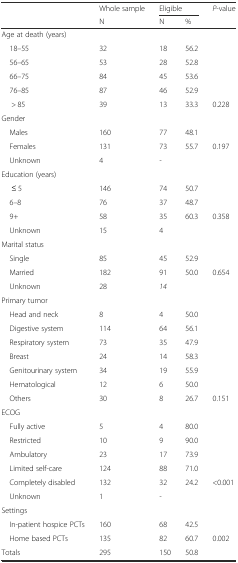
<table><thead><tr><td></td><td><b>Whole sample</b></td><td colspan="2"><b>Eligible</b></td><td><b><i>P</i>-value</b></td></tr><tr><td></td><td><b>N</b></td><td><b>N</b></td><td><b>%</b></td><td></td></tr></thead><tbody><tr><td>Age at death (years)</td><td></td><td></td><td></td><td></td></tr><tr><td> 18–55</td><td>32</td><td>18</td><td>56.2</td><td></td></tr><tr><td> 56–65</td><td>53</td><td>28</td><td>52.8</td><td></td></tr><tr><td> 66–75</td><td>84</td><td>45</td><td>53.6</td><td></td></tr><tr><td> 76–85</td><td>87</td><td>46</td><td>52.9</td><td></td></tr><tr><td>&gt; 85</td><td>39</td><td>13</td><td>33.3</td><td>0.228</td></tr><tr><td>Gender</td><td></td><td></td><td></td><td></td></tr><tr><td> Males</td><td>160</td><td>77</td><td>48.1</td><td></td></tr><tr><td> Females</td><td>131</td><td>73</td><td>55.7</td><td>0.197</td></tr><tr><td> Unknown</td><td>4</td><td><i>-</i></td><td></td><td></td></tr><tr><td>Education (years)</td><td></td><td></td><td></td><td></td></tr><tr><td>≤ 5</td><td>146</td><td>74</td><td>50.7</td><td></td></tr><tr><td> 6–8</td><td>76</td><td>37</td><td>48.7</td><td></td></tr><tr><td> 9+</td><td>58</td><td>35</td><td>60.3</td><td>0.358</td></tr><tr><td> Unknown</td><td>15</td><td>4</td><td></td><td></td></tr><tr><td>Marital status</td><td></td><td></td><td></td><td></td></tr><tr><td> Single</td><td>85</td><td>45</td><td>52.9</td><td></td></tr><tr><td> Married</td><td>182</td><td>91</td><td>50.0</td><td>0.654</td></tr><tr><td> Unknown</td><td>28</td><td><i>14</i></td><td></td><td></td></tr><tr><td>Primary tumor</td><td></td><td></td><td></td><td></td></tr><tr><td> Head and neck</td><td>8</td><td>4</td><td>50.0</td><td></td></tr><tr><td> Digestive system</td><td>114</td><td>64</td><td>56.1</td><td></td></tr><tr><td> Respiratory system</td><td>73</td><td>35</td><td>47.9</td><td></td></tr><tr><td> Breast</td><td>24</td><td>14</td><td>58.3</td><td></td></tr><tr><td> Genitourinary system</td><td>34</td><td>19</td><td>55.9</td><td></td></tr><tr><td> Hematological</td><td>12</td><td>6</td><td>50.0</td><td></td></tr><tr><td> Others</td><td>30</td><td>8</td><td>26.7</td><td>0.151</td></tr><tr><td>ECOG</td><td></td><td></td><td></td><td></td></tr><tr><td> Fully active</td><td>5</td><td>4</td><td>80.0</td><td></td></tr><tr><td> Restricted</td><td>10</td><td>9</td><td>90.0</td><td></td></tr><tr><td> Ambulatory</td><td>23</td><td>17</td><td>73.9</td><td></td></tr><tr><td> Limited self-care</td><td>124</td><td>88</td><td>71.0</td><td></td></tr><tr><td> Completely disabled</td><td>132</td><td>32</td><td>24.2</td><td>&lt;0.001</td></tr><tr><td> Unknown</td><td>1</td><td><i>-</i></td><td></td><td></td></tr><tr><td>Settings</td><td></td><td></td><td></td><td></td></tr><tr><td> In-patient hospice PCTs</td><td>160</td><td>68</td><td>42.5</td><td></td></tr><tr><td> Home based PCTs</td><td>135</td><td>82</td><td>60.7</td><td>0.002</td></tr><tr><td>Totals</td><td>295</td><td>150</td><td>50.8</td><td></td></tr></tbody></table>